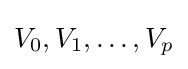
V_{0},V_{1},\ldots ,V_{p}